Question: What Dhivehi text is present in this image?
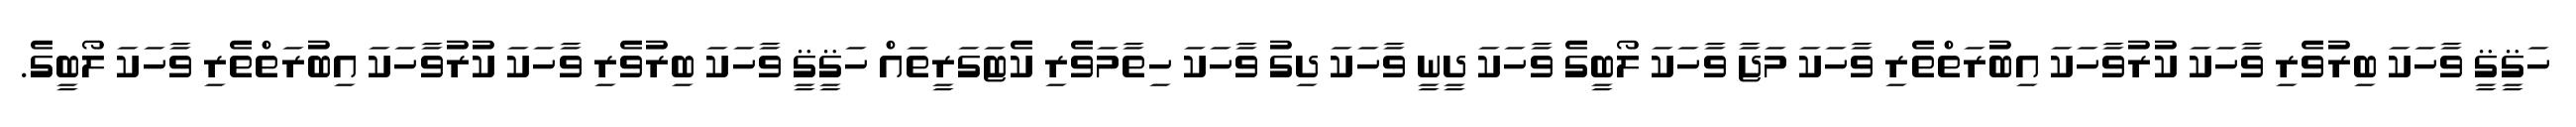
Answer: ހަޤީޤީ ވާހަކަ ބިރުވެރި ވާހަކަ ކުރުވާހަކަ އިބުރަތްތެރި ވާހަކަ މަޖާ ވާހަކަ ލޯބީގެ ވާހަކަ ދީނީ ވާހަކަ ދިގު ވާހަކަ ހިތާމަވެރި ކެޓަގަރީތައް ހަޤީޤީ ވާހަކަ ބިރުވެރި ވާހަކަ ކުރުވާހަކަ އިބުރަތްތެރި ވާހަކަ ލޯބީގެ.